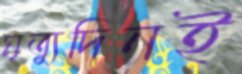
মৃত্যুদিনই